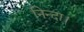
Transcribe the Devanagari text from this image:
निन्दा।